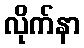
လိုက်နာ